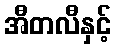
အီတလီနှင့်